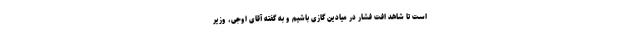
است تا شاهد افت فشار در میادین گازی باشیم و به گفته آقای اوجی، وزیر